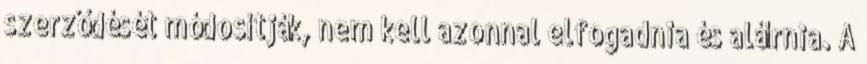
szerződését módosítják, nem kell azonnal elfogadnia és aláírnia. A